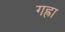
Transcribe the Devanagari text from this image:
गह्रा